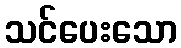
သင်ပေးသော